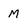
Character: M